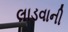
લાડવાની